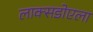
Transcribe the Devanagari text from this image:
लाक्सडोएला